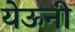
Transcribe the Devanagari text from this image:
येऊनी